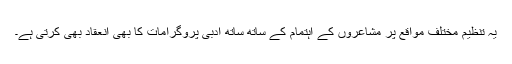
یہ تنظیم مختلف مواقع پر مشاعروں کے اہتمام کے ساتھ ساتھ ادبی پروگرامات کا بھی انعقاد بھی کرتی ہے۔